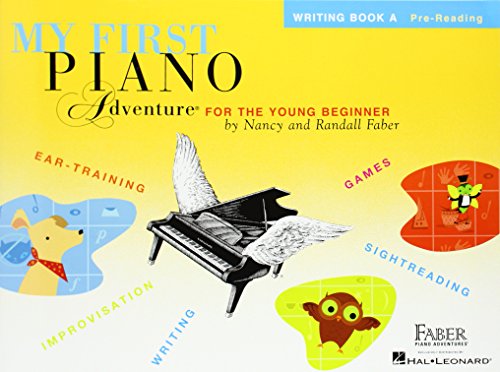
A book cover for My First Piano Adventure, Writing Book A; Humor & Entertainment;